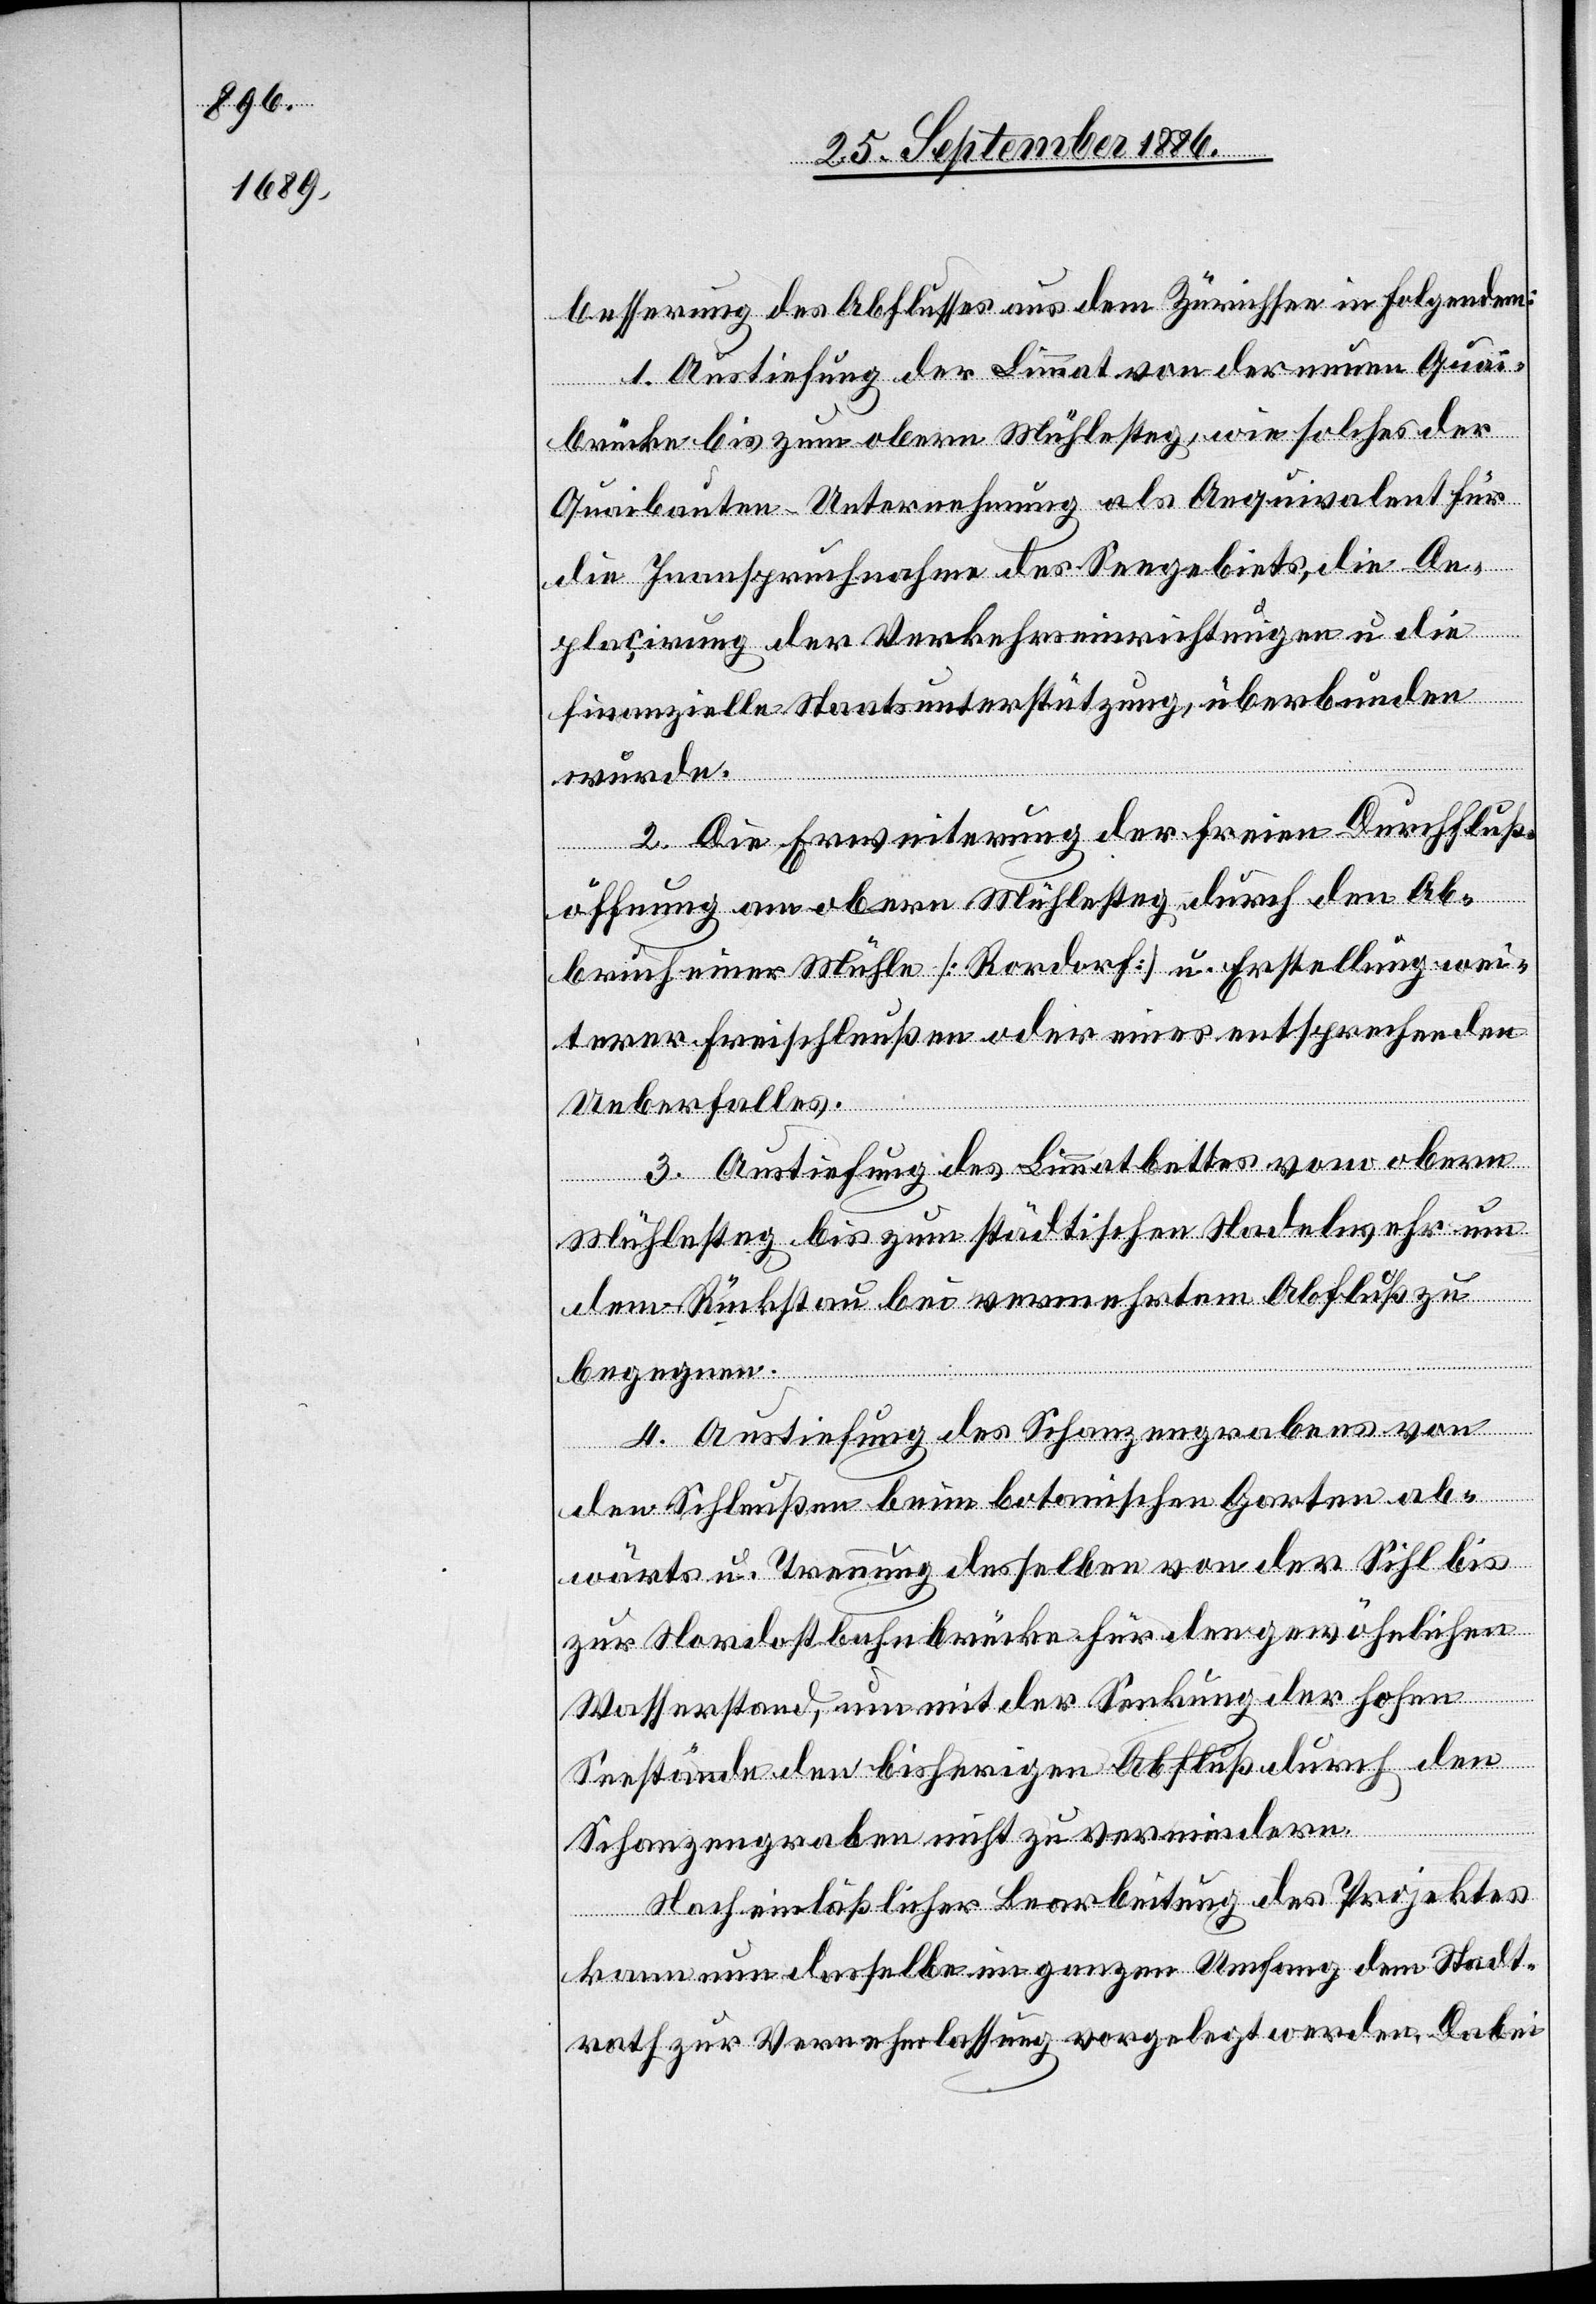
besserung des Abflusses aus dem Zürichsee in Folgendem:
1. Austiefung der Limmat von der neuen Quai¬
brücke bis zum obern Mühlesteg, wie solches der
Quaibauten-Unternehmung als Aequivalent für
die Inanspruchnahme des Seegebietes, die De¬
plaçirung der Verkehrseinrichtungen u. die
finanzielle Staaatsunterstützung, überbunden
wurde.
2. Die Erweiterung der freien Durchfluß¬
öffnung am obern Mühlesteg durch den Ab¬
bruch einer Mühle [Rordorf] u. Erstellung wei¬
terer Freischleußen oder eines entsprechenden
Ueberfalles.
3. Austiefung des Limmatbettes vom obern
Mühlesteg bis zum städtischen Nadelwehr um
dem Rückstau bei vermehrtem Abfluß zu
begegnen.
4. Austiefung des Schanzengrabens von
den Schleußen beim botanischen Garten ab¬
wärts u. Trennung desselben von der Sihl bis
zur Nordostbahnbrücke für den gewöhnlichen
Wasserstand, um mit der Senkung der hohen
Seestände den bisherigen Abfluß durch den
Schanzengraben nicht zu vermindern.
Nach einläßlicher Bearbeitung des Projektes
kann nun dasselbe im ganzen Umfang dem Stadt¬
rath zur Vernehmlassung vorgelegt werden. Dabei